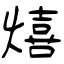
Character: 熺